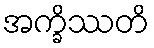
အက္ခိဿတိ